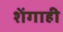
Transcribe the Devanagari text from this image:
शेंगाही